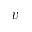
v